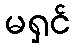
မရှင်